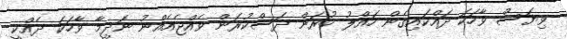
ވިޔަސް ވާހަކަ ދައްކައިގެން ހައްލު ކުރަން ދަސްކުރަން ވެއްޖެއެއްނު ނަދީމާ ވާހަކަ ދެއްކީ